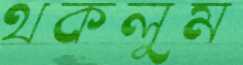
থকলুম